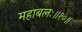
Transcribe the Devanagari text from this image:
महाबलः॥१०॥